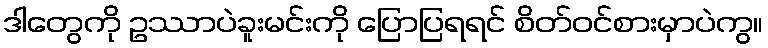
ဒါတွေကို ဥဿာပဲခူးမင်းကို ပြောပြရရင် စိတ်ဝင်စားမှာပဲကွ။